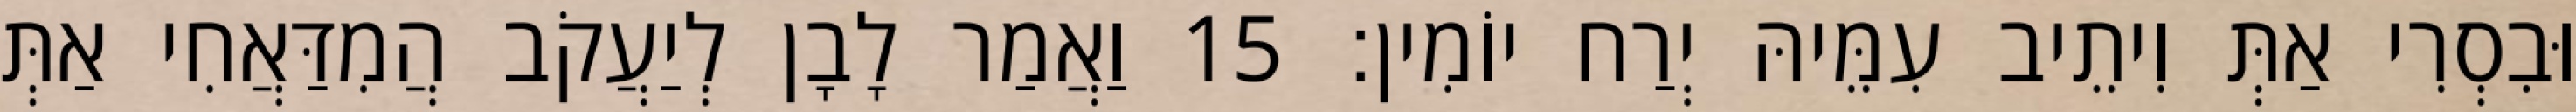
וּבִסְרִי אַתְּ וִיתֵיב עִמֵּיהּ יְרַח יוֹמִין׃ 15 וַאֲמַר לָבָן לְיַעֲקֹב הֲמִדַּאֲחִי אַתְּ